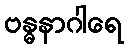
ဗန္ဓနာဂါရေ